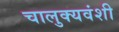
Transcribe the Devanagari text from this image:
चालुक्यवंशी